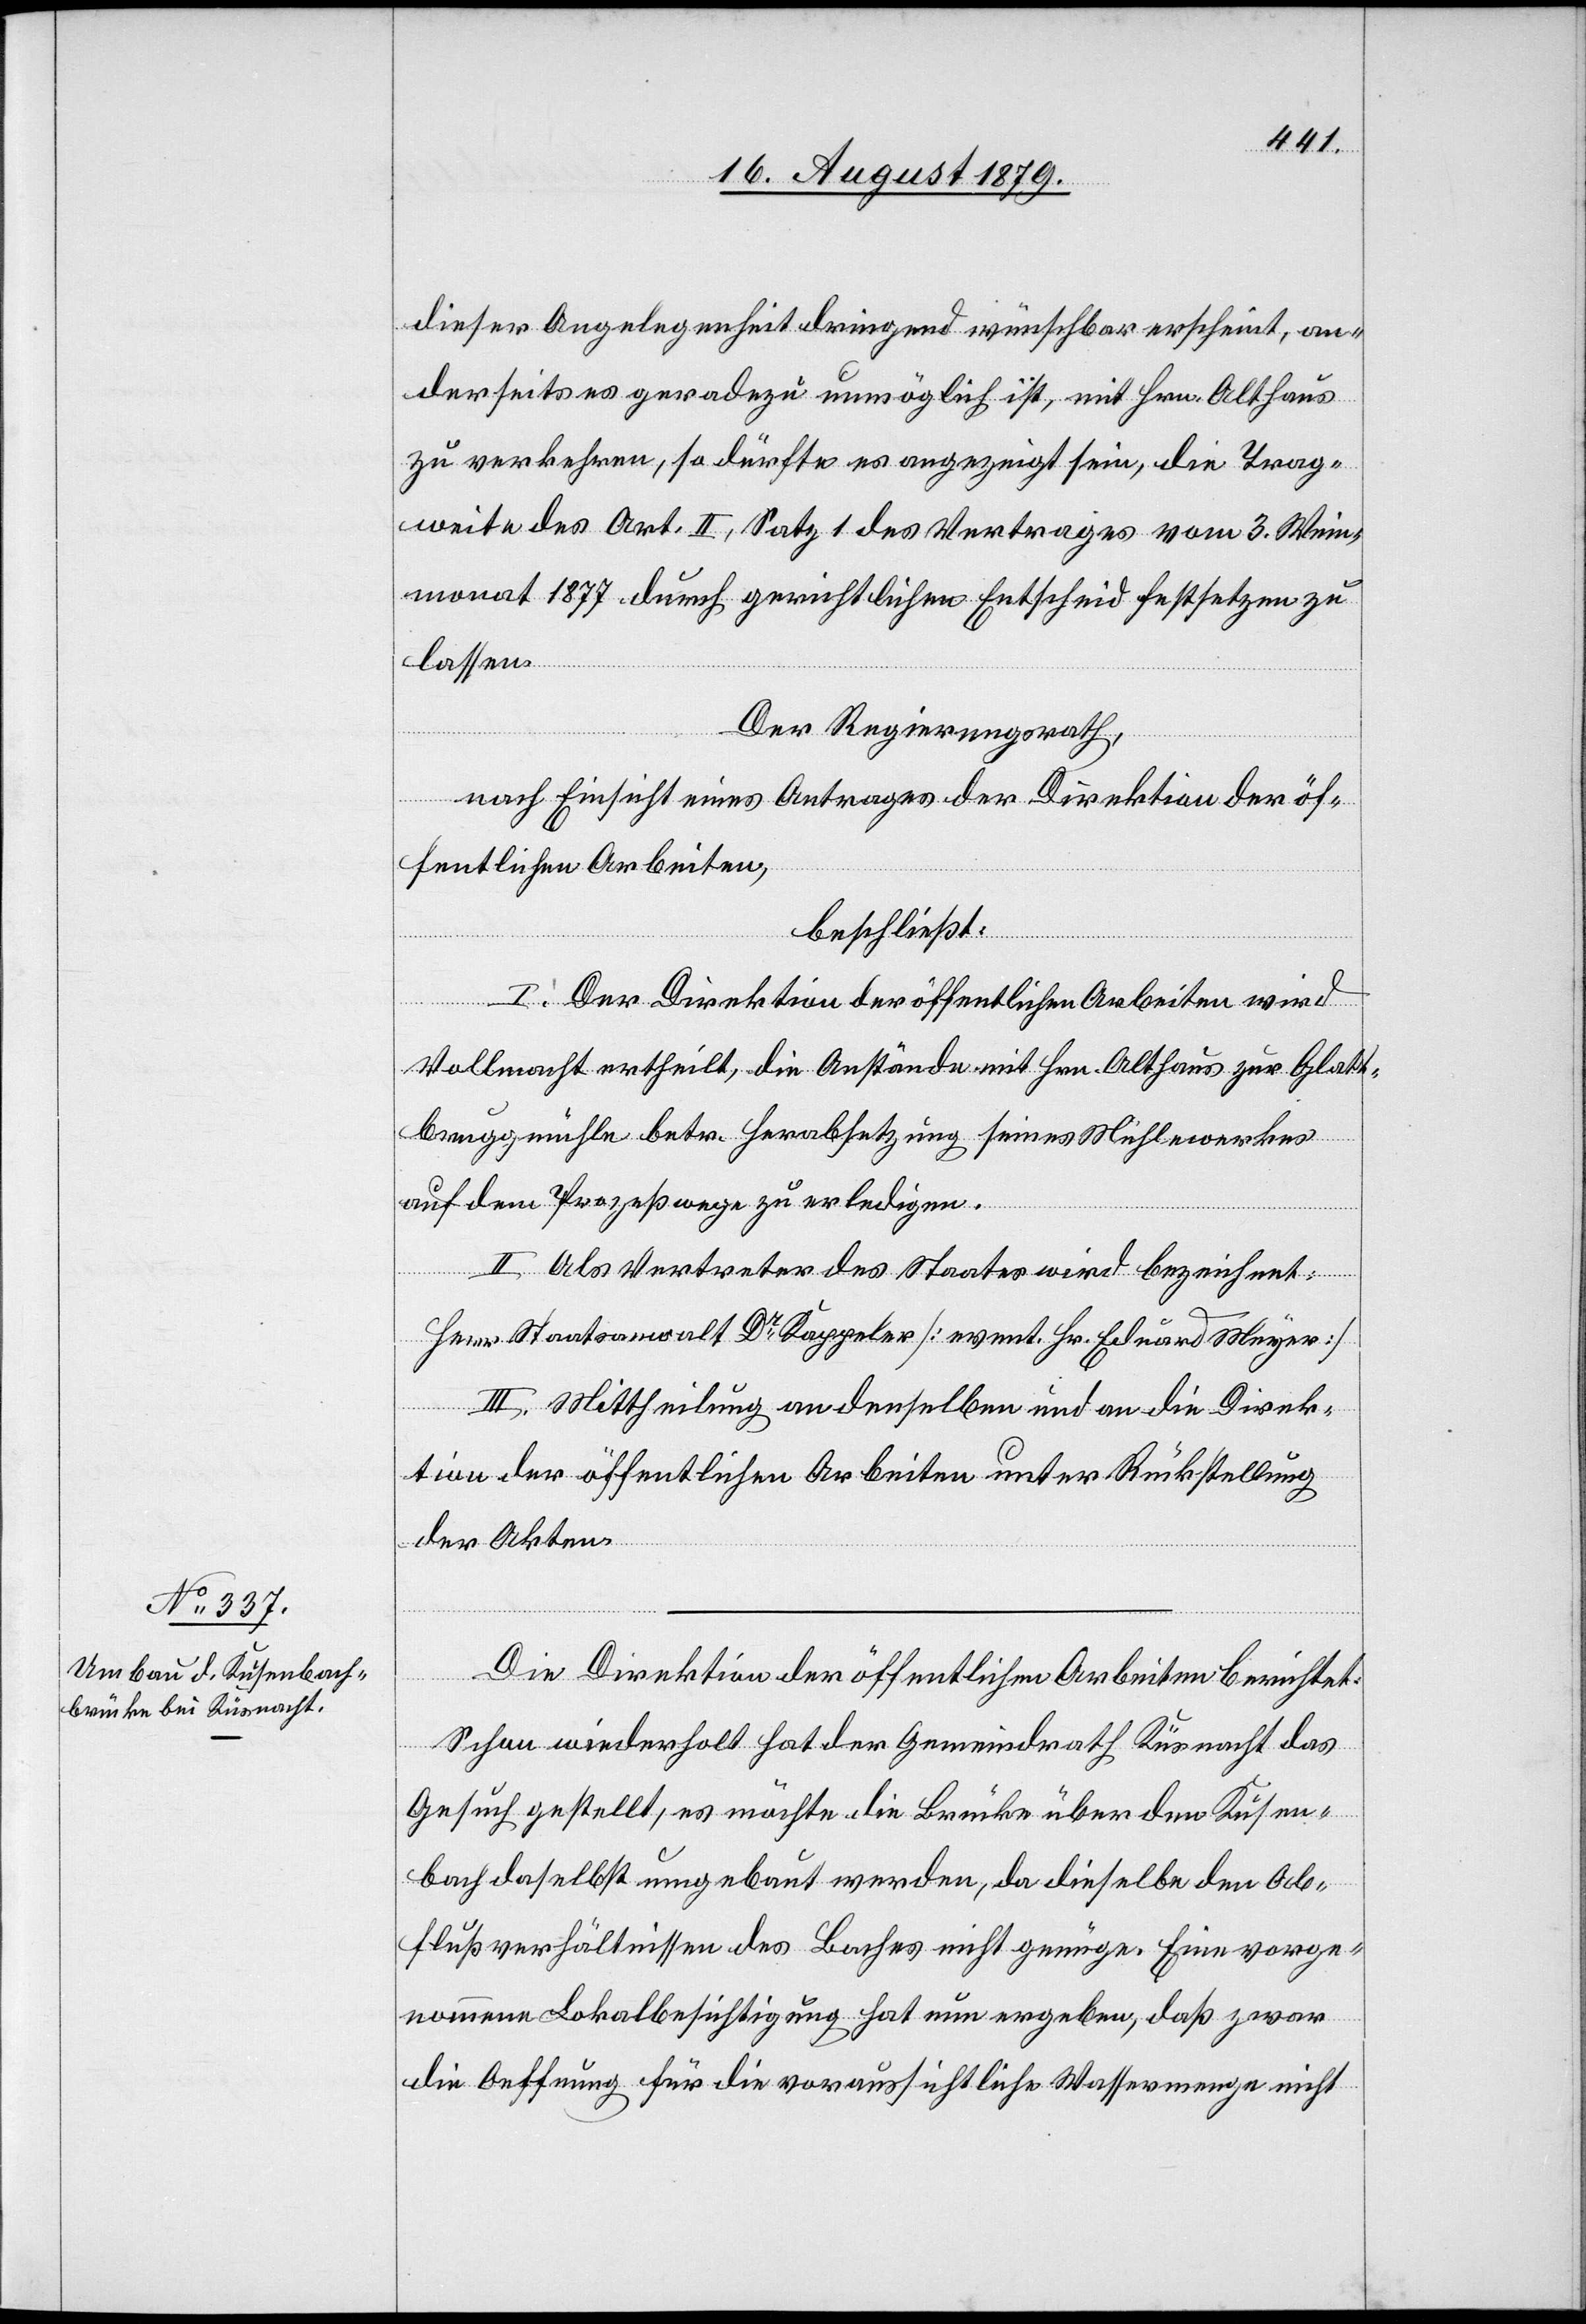
dieser Angelegenheit dringend wünschbar erscheint, an¬
derseits es geradezu unmöglich ist, mit Hrn. Althaus
zu verkehren, so dürfte es angezeigt sein, die Trag¬
weite des Art. II, Satz 1 des Vertrages vom 3. Wein¬
monat 1877 durch gerichtlichen Entscheid festsetzen zu
lassen.
Der Regierungsrath,
nach Einsicht eines Antrages der Direktion der öf¬
fentlichen Arbeiten,
beschließt:
I. Der Direktion der öffentlichen Arbeiten wird
Vollmacht ertheilt, die Anstände mit Hrn. Althaus zur Glatt¬
bruggmühle betr. Herabsetzung seines Mühlewerkes
auf dem Prozeßwege zu erledigen.
II. Als Vertreter des Staates wird bezeichnet:
Herr Staatsanwalt Dr Kappeler [event. Hr. Eduard Meyer]
III. Mittheilung an denselben und an die Direk¬
tion der öffentlichen Arbeiten unter Rückstellung
der Akten.
Die Direktion der öffentlichen Arbeiten berichtet:
Schon wiederholt hat der Gemeindrath Küsnacht das
Gesuch gestellt, es möchte die Brücke über den Kusen¬
bach daselbst umgebaut werden, da dieselbe den Ab¬
flußverhältnissen des Baches nicht genüge. Eine vorge¬
nommene Lokalbesichtigung hat nun ergeben, daß zwar
die Oeffnung für die voraussichtliche Wassermenge nicht